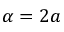
\alpha = 2 a